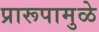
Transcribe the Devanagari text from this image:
प्रारूपामुळे